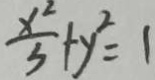
\frac { x ^ { 2 } } { 3 } + y ^ { 2 } = 1